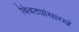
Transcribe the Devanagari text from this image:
बिबट्यांसारखे